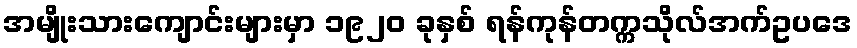
အမျိုးသားကျောင်းများမှာ ၁၉၂၀ ခုနှစ် ရန်ကုန်တက္ကသိုလ်အက်ဥပဒေ